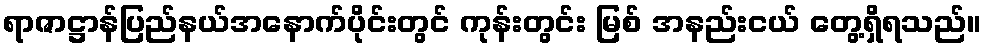
ရာဇာဋ္ဌာန်ပြည်နယ်အနောက်ပိုင်းတွင် ကုန်းတွင်း မြစ် အနည်းငယ် တွေ့ရှိရသည်။